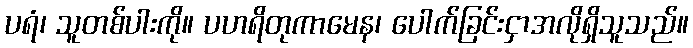
ပရံ၊ သူတစ်ပါးကို။ ပဟရိတုကာမေန၊ ပေါက်ခြင်းငှာအလိုရှိသူသည်။